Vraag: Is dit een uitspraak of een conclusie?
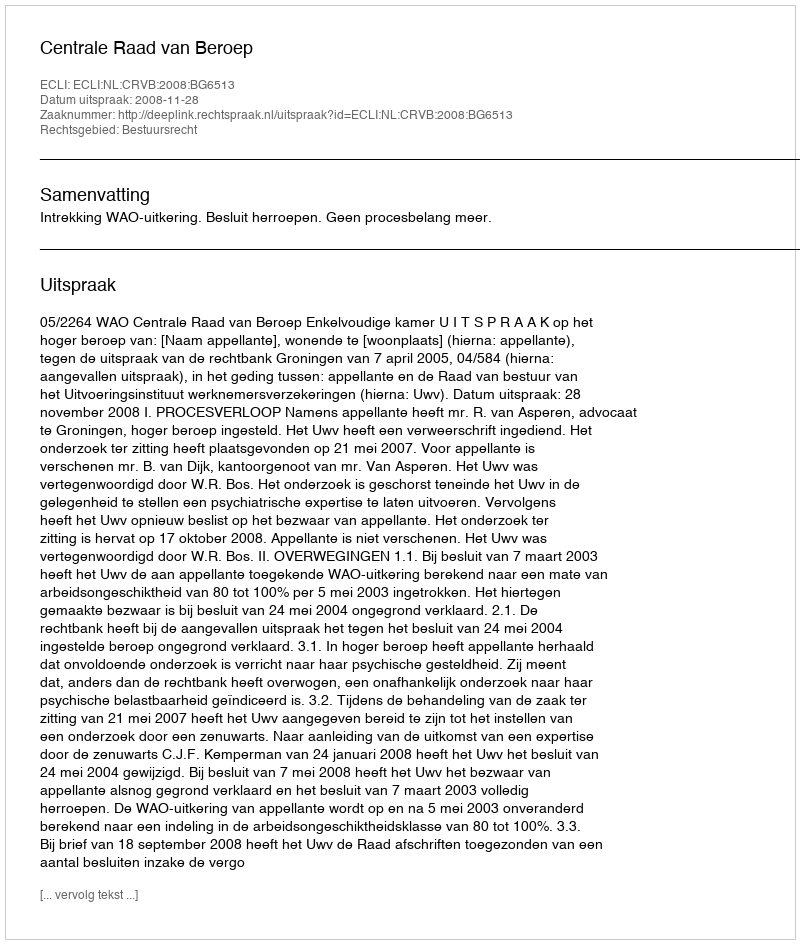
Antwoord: Uitspraak